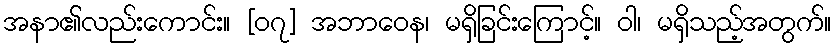
အနာ၏လည်းကောင်း။ [၀၇] အဘာဝေန၊ မရှိခြင်းကြောင့်။ ဝါ၊ မရှိသည့်အတွက်။